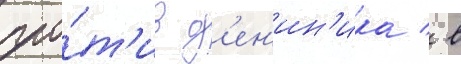
про́т'ив д'ен'ин'ика / в